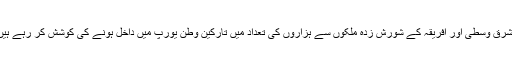
مشرق وسطی اور افریقہ کے شورش زدہ ملکوں سے ہزاروں کی تعداد میں تارکین وطن یورپ میں داخل ہونے کی کوشش کر رہے ہیں۔